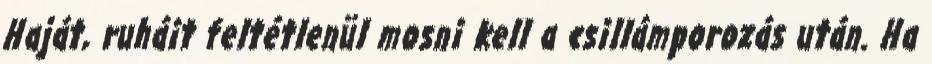
Haját, ruháit feltétlenül mosni kell a csillámporozás után. Ha